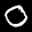
Label: 0